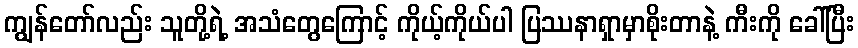
ကျွန်တော်လည်း သူတို့ရဲ့ အသံတွေကြောင့် ကိုယ့်ကိုယ်ပါ ပြဿနာရှာမှာစိုးတာနဲ့ ကီးကို ခေါ်ပြီး